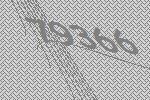
79366